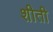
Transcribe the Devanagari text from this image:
शीती